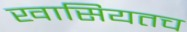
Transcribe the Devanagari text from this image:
खासियतच